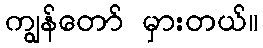
ကျွန်တော် မှားတယ်။